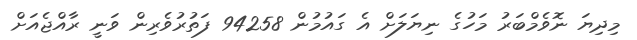
މިދިޔަ ނޮވެމްބަރު މަހުގެ ނިޔަލަށް އެ ގައުމުން 94258 ފަތުރުވެރިން ވަނީ ރާއްޖެއަށް